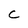
Character: C